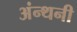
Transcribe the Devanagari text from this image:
अंन्थनी